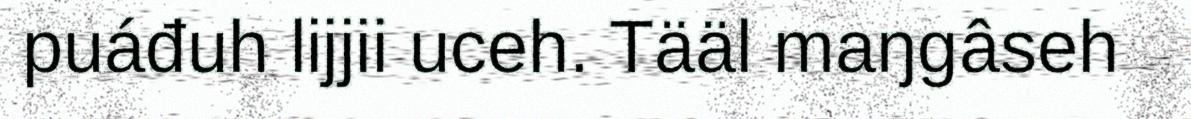
puáđuh lijjii uceh. Tääl maŋgâseh